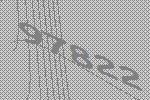
97822